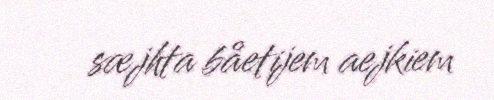
sæjhta båetijem aejkiem